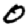
Digit: 0